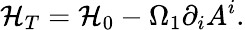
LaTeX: {\cal H}_{T}={\cal H}_{0}-\Omega_{1}\partial_{i}A^{i}.